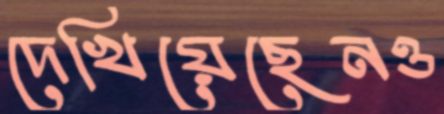
দেখিয়েছেনও